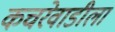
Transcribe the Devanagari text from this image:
कचरेवाडीला